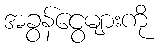
အခွန်ငွေများကို